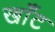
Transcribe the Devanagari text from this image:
खाँट